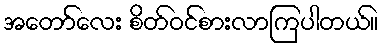
အတော်လေး စိတ်ဝင်စားလာကြပါတယ်။